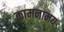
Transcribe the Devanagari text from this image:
कामनामय